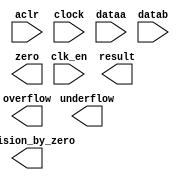
// megafunction wizard: %ALTFP_DIV%VBB%
// GENERATION: STANDARD
// VERSION: WM1.0
// MODULE: altfp_div 

// ============================================================
// Megafunction Name(s):
// 			altfp_div
//
// Simulation Library Files(s):
// 			
// ============================================================
// ************************************************************
// THIS IS A WIZARD-GENERATED FILE. DO NOT EDIT THIS FILE!
//
// 17.1.0 Build 590 10/25/2017 SJ Lite Edition
// ************************************************************

//Copyright (C) 2017  Intel Corporation. All rights reserved.
//Your use of Intel Corporation's design tools, logic functions 
//and other software and tools, and its AMPP partner logic 
//functions, and any output files from any of the foregoing 
//(including device programming or simulation files), and any 
//associated documentation or information are expressly subject 
//to the terms and conditions of the Intel Program License 
//Subscription Agreement, the Intel Quartus Prime License Agreement,
//the Intel FPGA IP License Agreement, or other applicable license
//agreement, including, without limitation, that your use is for
//the sole purpose of programming logic devices manufactured by
//Intel and sold by Intel or its authorized distributors.  Please
//refer to the applicable agreement for further details.

module fpdiv (
	aclr,
	clk_en,
	clock,
	dataa,
	datab,
	division_by_zero,
	overflow,
	result,
	underflow,
	zero)/* synthesis synthesis_clearbox = 1 */;

	input	  aclr;
	input	  clk_en;
	input	  clock;
	input	[31:0]  dataa;
	input	[31:0]  datab;
	output	  division_by_zero;
	output	  overflow;
	output	[31:0]  result;
	output	  underflow;
	output	  zero;

endmodule

// ============================================================
// CNX file retrieval info
// ============================================================
// Retrieval info: PRIVATE: INTENDED_DEVICE_FAMILY STRING "Cyclone V"
// Retrieval info: PRIVATE: SYNTH_WRAPPER_GEN_POSTFIX STRING "0"
// Retrieval info: LIBRARY: altera_mf altera_mf.altera_mf_components.all
// Retrieval info: CONSTANT: DENORMAL_SUPPORT STRING "NO"
// Retrieval info: CONSTANT: INTENDED_DEVICE_FAMILY STRING "Cyclone V"
// Retrieval info: CONSTANT: OPTIMIZE STRING "SPEED"
// Retrieval info: CONSTANT: PIPELINE NUMERIC "6"
// Retrieval info: CONSTANT: REDUCED_FUNCTIONALITY STRING "NO"
// Retrieval info: CONSTANT: WIDTH_EXP NUMERIC "8"
// Retrieval info: CONSTANT: WIDTH_MAN NUMERIC "23"
// Retrieval info: USED_PORT: aclr 0 0 0 0 INPUT NODEFVAL "aclr"
// Retrieval info: USED_PORT: clk_en 0 0 0 0 INPUT NODEFVAL "clk_en"
// Retrieval info: USED_PORT: clock 0 0 0 0 INPUT NODEFVAL "clock"
// Retrieval info: USED_PORT: dataa 0 0 32 0 INPUT NODEFVAL "dataa[31..0]"
// Retrieval info: USED_PORT: datab 0 0 32 0 INPUT NODEFVAL "datab[31..0]"
// Retrieval info: USED_PORT: division_by_zero 0 0 0 0 OUTPUT NODEFVAL "division_by_zero"
// Retrieval info: USED_PORT: overflow 0 0 0 0 OUTPUT NODEFVAL "overflow"
// Retrieval info: USED_PORT: result 0 0 32 0 OUTPUT NODEFVAL "result[31..0]"
// Retrieval info: USED_PORT: underflow 0 0 0 0 OUTPUT NODEFVAL "underflow"
// Retrieval info: USED_PORT: zero 0 0 0 0 OUTPUT NODEFVAL "zero"
// Retrieval info: CONNECT: @aclr 0 0 0 0 aclr 0 0 0 0
// Retrieval info: CONNECT: @clk_en 0 0 0 0 clk_en 0 0 0 0
// Retrieval info: CONNECT: @clock 0 0 0 0 clock 0 0 0 0
// Retrieval info: CONNECT: @dataa 0 0 32 0 dataa 0 0 32 0
// Retrieval info: CONNECT: @datab 0 0 32 0 datab 0 0 32 0
// Retrieval info: CONNECT: division_by_zero 0 0 0 0 @division_by_zero 0 0 0 0
// Retrieval info: CONNECT: overflow 0 0 0 0 @overflow 0 0 0 0
// Retrieval info: CONNECT: result 0 0 32 0 @result 0 0 32 0
// Retrieval info: CONNECT: underflow 0 0 0 0 @underflow 0 0 0 0
// Retrieval info: CONNECT: zero 0 0 0 0 @zero 0 0 0 0
// Retrieval info: GEN_FILE: TYPE_NORMAL fpdiv.v TRUE
// Retrieval info: GEN_FILE: TYPE_NORMAL fpdiv.inc TRUE
// Retrieval info: GEN_FILE: TYPE_NORMAL fpdiv.cmp TRUE
// Retrieval info: GEN_FILE: TYPE_NORMAL fpdiv.bsf TRUE
// Retrieval info: GEN_FILE: TYPE_NORMAL fpdiv_inst.v TRUE
// Retrieval info: GEN_FILE: TYPE_NORMAL fpdiv_bb.v TRUE